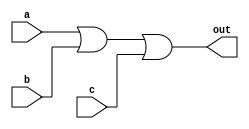
module or_gate_3 (a, b, c, out);

    input a, b, c;

    output out;

    assign out = a||b||c;

endmodule